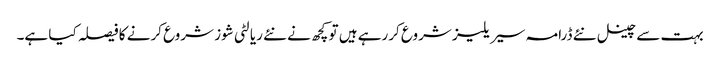
بہت سے چینل نئے ڈرامہ سیریلیز شروع کررہے ہیں تو کچھ نے نئے ریالٹی شوز شروع کرنے کا فیصلہ کیا ہے۔